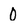
Character: 0